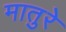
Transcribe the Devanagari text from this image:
मातुरे